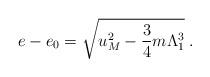
LaTeX: \begin{align*}e-e_{0}=\sqrt{u_{M}^2-\frac 3 4 m\Lambda_{1}^{3}}\;.\end{align*}